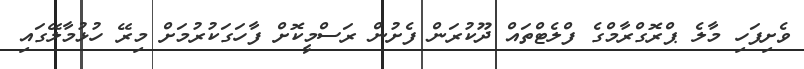
ވެށިފަހި މާލެ ޕްރޮގްރާމްގެ ފްލެޓްތައް ދޫކުރަން ފެށުން ރަސްމީކޮށް ފާހަގަކުރުމަށް މިރޭ ހުޅުމާލޭގައި